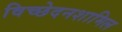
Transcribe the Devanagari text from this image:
विच्छेदनशामिल